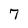
Character: 7